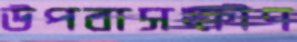
উপবাসক্ষীণ